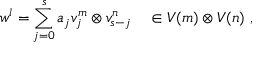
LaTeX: w ^ { l } = \sum _ { j = 0 } ^ { s } a _ { j } v _ { j } ^ { m } \otimes v _ { s - j } ^ { n } ~ ~ ~ \in V ( m ) \otimes V ( n ) ~ ,